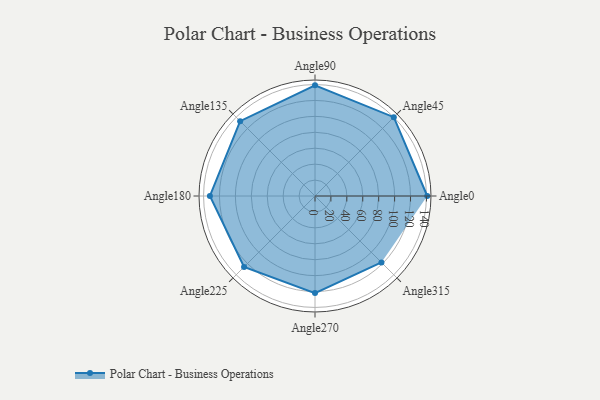
{"axis": {"x": "Angle", "y": "Radius"}, "legend": [""], "data": [{"x": "Angle0", "y": 141.0, "type": ""}, {"x": "Angle45", "y": 140.0, "type": ""}, {"x": "Angle90", "y": 139.0, "type": ""}, {"x": "Angle135", "y": 133.0, "type": ""}, {"x": "Angle180", "y": 132.0, "type": ""}, {"x": "Angle225", "y": 126.0, "type": ""}, {"x": "Angle270", "y": 122.0, "type": ""}, {"x": "Angle315", "y": 118.0, "type": ""}]}